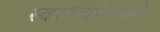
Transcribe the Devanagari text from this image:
स्वररचनेमध्ये